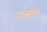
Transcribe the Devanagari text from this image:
आत्मेश्वर